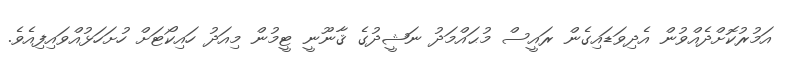
އަމުރުކޮށްދެއްވުން އެދިވަޑައިގެން ރައީސް މުޙައްމަދު ނަޝީދުގެ ޤާނޫނީ ޓީމުން މިއަދު ހައިކޯޓަށް ހުށަހަޅުއްވައިފިއެވެ.